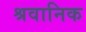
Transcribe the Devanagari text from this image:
श्रवानिक